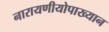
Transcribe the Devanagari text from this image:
नारायणीयोपाख्यान